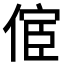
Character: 𠋪